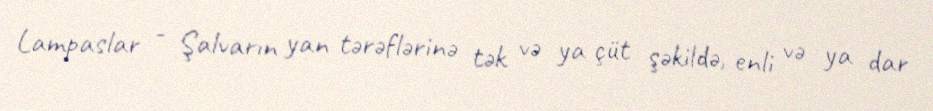
Lampaslar - Şalvarın yan tərəflərinə tək və ya çüt şəkildə, enli və ya dar